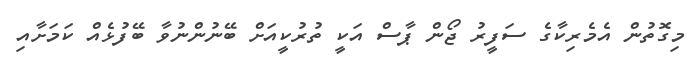
މިގޮތުން އެމެރިކާގެ ސަފީރު ޖޯން ޕާސް އަކީ ތުރުކީއަށް ބޭނުންނުވާ ބޭފުޅެއް ކަމަށާއި